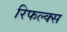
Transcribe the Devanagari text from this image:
रिफल्क्स